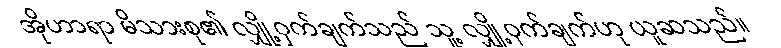
အိုဟာရာ မိသားစု၏ လျှို့ဝှက်ချက်သည် သူ့ လျှို့ဝှက်ချက်ဟု ယူဆသည်။